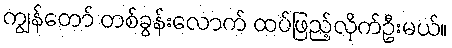
ကျွန်တော် တစ်ခွန်းလောက် ထပ်ဖြည့်လိုက်ဦးမယ်။